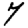
Digit: 7